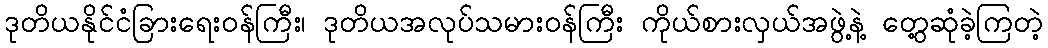
ဒုတိယနိုင်ငံခြားရေးဝန်ကြီး၊ ဒုတိယအလုပ်သမားဝန်ကြီး ကိုယ်စားလှယ်အဖွဲ့နဲ့ တွေ့ဆုံခဲ့ကြတဲ့